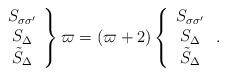
LaTeX: \begin{align*}\left. \begin{array}{ccc}S_{\sigma \sigma '} \\ S_\Delta \\ \tilde {S}_\Delta\end{array} \right \} \varpi= (\varpi +2) \left \{ \begin{array}{ccc}S_{\sigma \sigma '} \\ S_\Delta \\ \tilde {S}_\Delta\end{array} \right. .\end{align*}